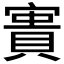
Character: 𡪲